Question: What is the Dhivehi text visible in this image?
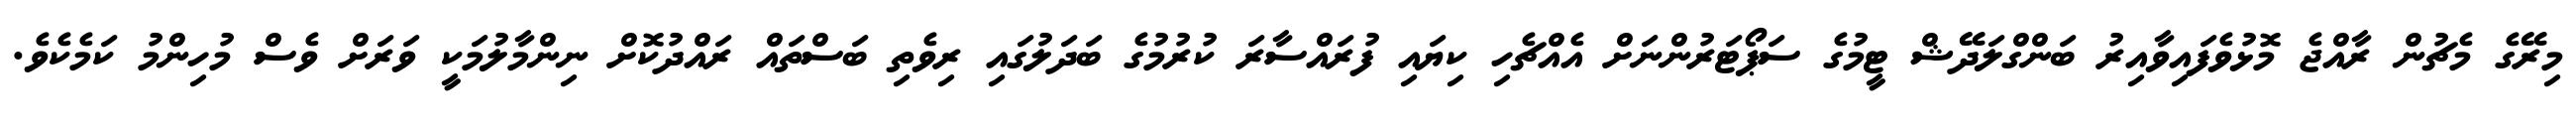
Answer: މިރޭގެ މެޗުން ރާއްޖެ މޮޅުވެފައިވާއިރު ބަންގްލަދޭޝް ޓީމުގެ ސަޕޯޓަރުންނަށް އެއްޗެހި ކިޔައި ފުރައްސާރަ ކުރުމުގެ ބަދަލުގައި ރިވެތި ބަސްތައް ރައްދުކޮށް ނިންމާލުމަކީ ވަރަށް ވެސް މުހިންމު ކަމެކެވެ.